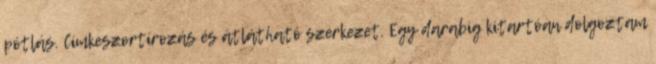
pótlás. Címkeszortírozás és átlátható szerkezet. Egy darabig kitartóan dolgoztam